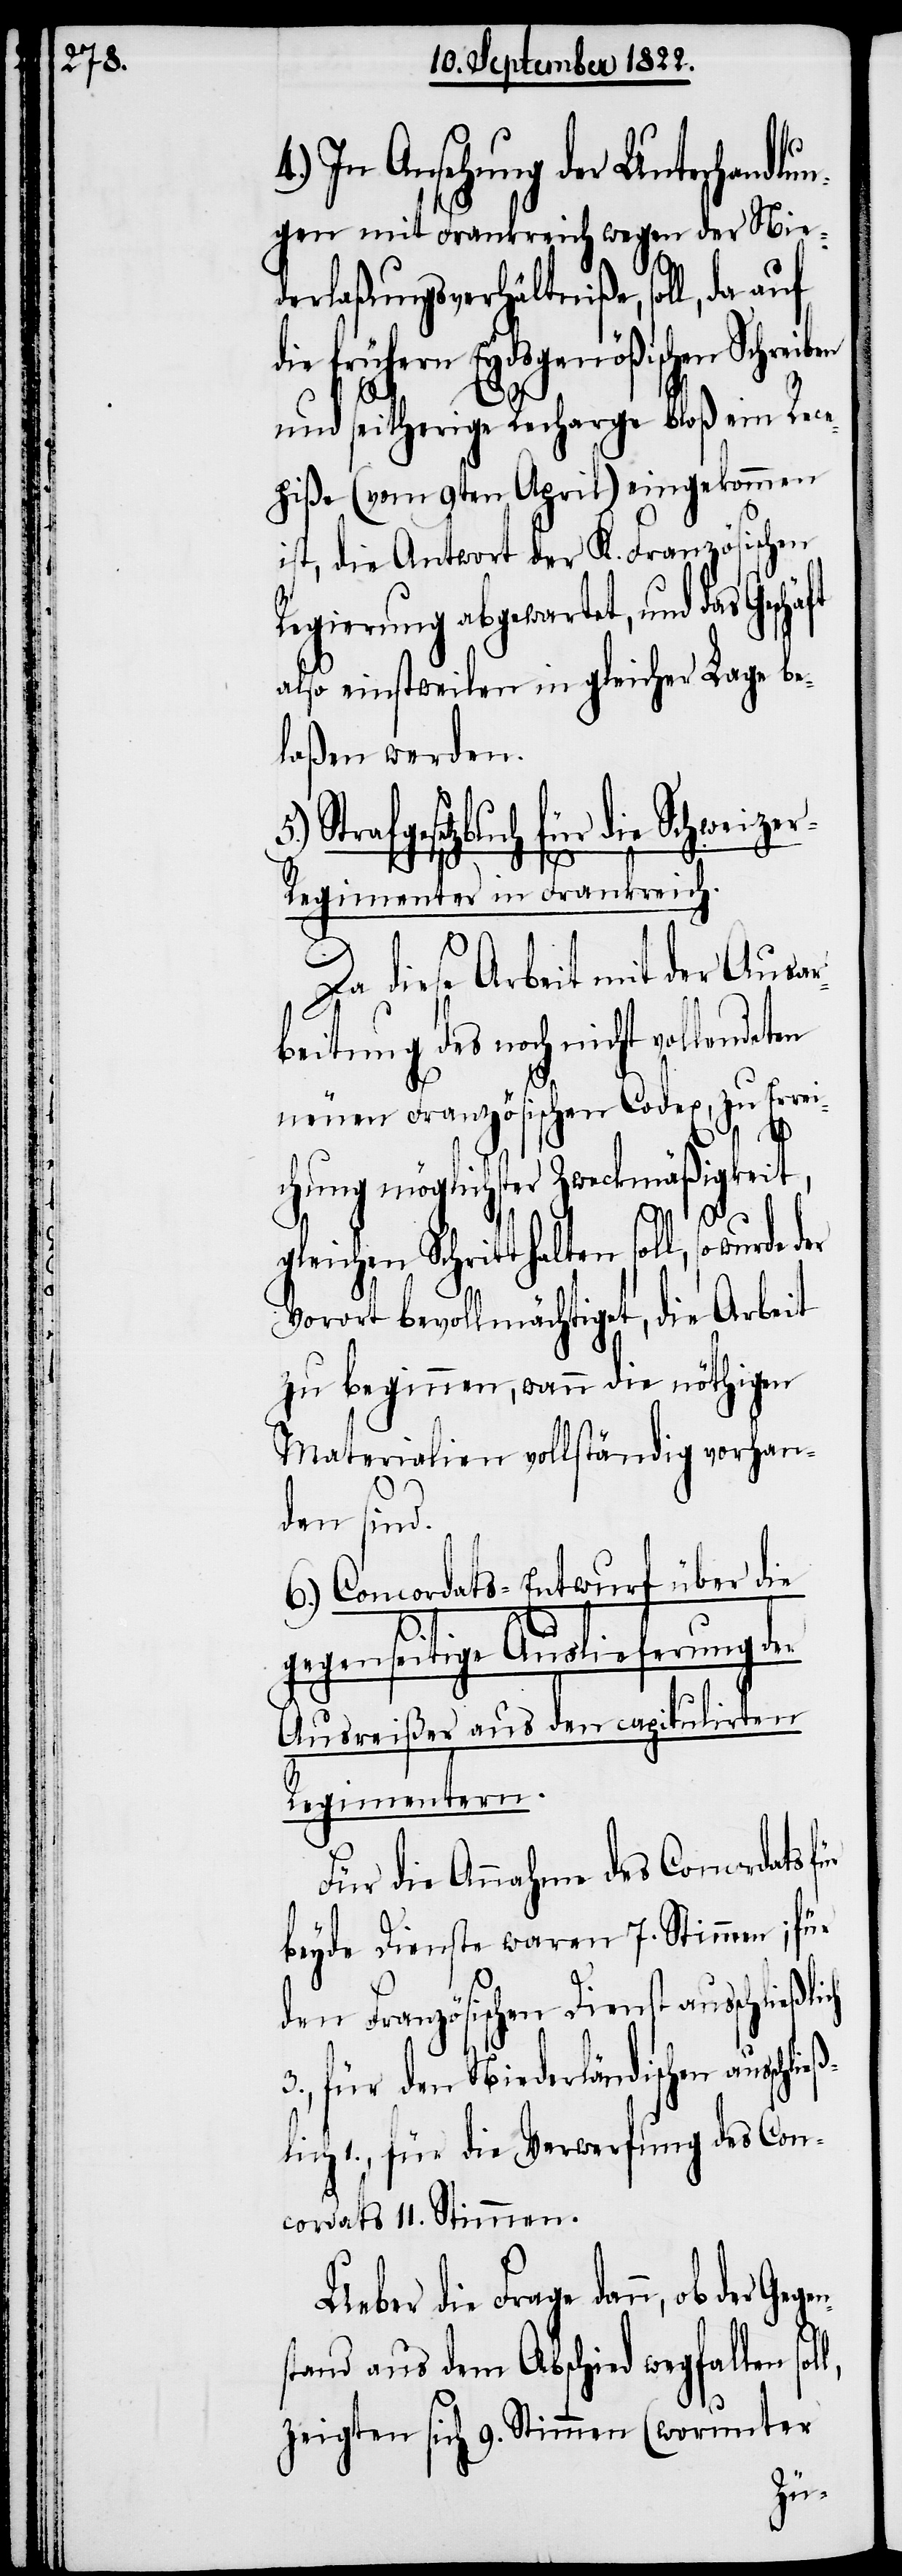
n, ob der Gegens¬
ngen mit Frankreich wegen der Nie¬
derlaßungsverhältniße, soll,
ie frühern Eydsgenößischen
und seitherige Recharge bloß ein Rece¬
piße (vom 9ten April) eingekommen
ist, die Antwort der K. Französischen
Regierung abgewartet, und das
also einstweilen in gleicher Lage be¬
laßen werden.
Strafgesetzbuch für die Schweize¬
5.)
l,
r-Regimenter in Frankreich.
3.,
Da diese Arbeit mit der Ausar¬
beitung des noch nicht vollendeten
neuen Französischen Codex, zur Errei¬
4.)
chung möglichster Zweckmäßigkeit,
Vorort bevollmächtiget, die Arbeit
zu beginnen, wann die nöthigen
Materialien vollständig vorhan¬
len sol¬
6.) Concordats-Entwurf über die
gegenseitige Auslieferung der
Ausreißer aus den capitulirten
Regimentern.
Für die Annahme des Concordats
beyde Dienste waren 7. Stimmen; für
den Französischen Dienst ausschließli¬
für den Niederländischen
lich 1., für die Verwendung des Con¬
cordats 11. Stimmen.
Ueber die Frage dan¬
tand aus dem Abschied wegfal¬
zeigten sich 9. Stimmen (worunter